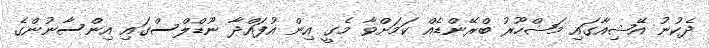
ދެކުނު އޭޝިއާގައި މަޝްހޫރު ބްރޭންޑެއް ކަމަށްވާ މެގީ އިން އުފައްދާ ނޫޑްލްސްގައި އިންސާނުންގެ